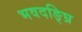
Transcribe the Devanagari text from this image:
भवदङ्घ्रि